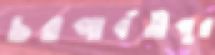
চরপার্বতীপুর